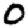
Digit: 0